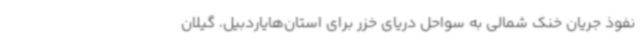
نفوذ جریان خنک شمالی به سواحل دریای خزر برای استان‌هایاردبیل، گیلان